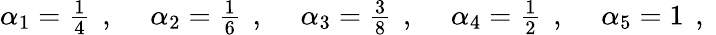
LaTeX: \begin{array}{ccccc}{\alpha_{1}=\frac{1}{4}\, \mathrm{~,~}}&{\alpha_{2}=\frac{1}{6}\, \mathrm{~,~}}&{\alpha_{3}=\frac{3}{8}\, \mathrm{~,~}}&{\alpha_{4}=\frac{1}{2}\, \mathrm{~,~}}&{\alpha_{5}=1\, \mathrm{~,~}}\end{array}